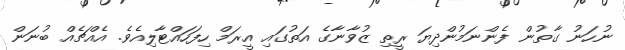
ނުހަނު ގާތުން ފެންނަމުންދިޔަ ރީތި ޒުވާނާގެ އަތުގައި އީރަމް ހިފަހައްޓާލިއެވެ. އެއްޗެއް ބުނަން